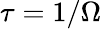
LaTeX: \tau=1/\Omega